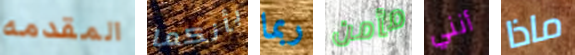
المقدمه بأنكما ربما مأمن أنني ماذا